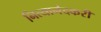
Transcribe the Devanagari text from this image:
नित्यानंदकरी